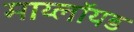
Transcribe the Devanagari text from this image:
माय्लॉयड